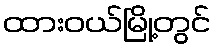
ထားဝယ်မြို့တွင်